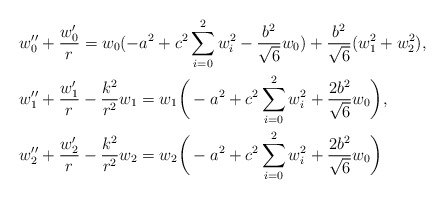
\begin{align*}& w_0'' + \frac{w_0'}{r} = w_0 ( -a^2+c^2 \sum_{i=0}^2 w_i^2 - \frac{b^2}{\sqrt{6}} w_0) + \frac{b^2}{\sqrt{6}} (w_1^2 + w_2^2), \\&w_1'' + \frac{w_1'}{r} -\frac{k^2}{r^2}w_1=w_1\bigg(-a^2+ c^2\sum_{i=0}^2 w_i^2 + \frac{2 b^2}{\sqrt{6}} w_0\bigg), \\&w_2'' + \frac{w_2'}{r}-\frac{k^2}{r^2}w_2= w_2\bigg( -a^2 + c^2\sum_{i=0}^2 w_i^2 + \frac{2 b^2}{\sqrt{6}} w_0\bigg)\end{align*}